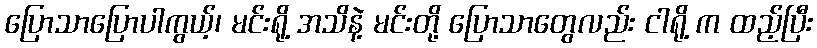
ပြောသာပြောပါကွယ့်၊ မင်းရို့ အသိနဲ့ မင်းတို့ ပြောသာတွေလည်း ငါရို့ က ထည့်ပြီး